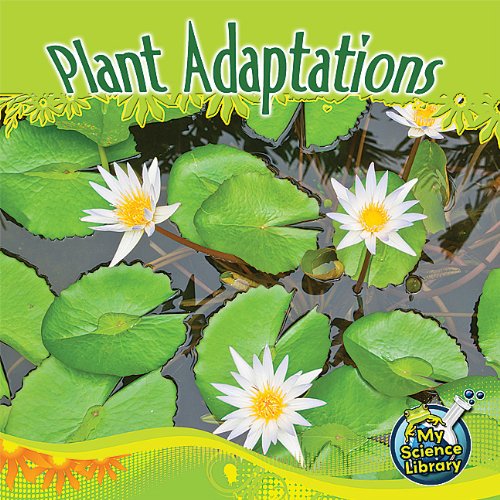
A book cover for Plant Adaptations (My Science Library, Levels 1-2); Julie K. Lundgren; Children's Books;